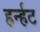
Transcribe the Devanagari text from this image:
हर्न्हट